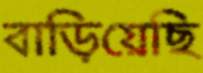
বাড়িয়েছি